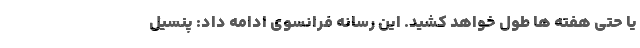
یا حتی هفته ها طول خواهد کشید. این رسانه فرانسوی ادامه داد: پنسیل